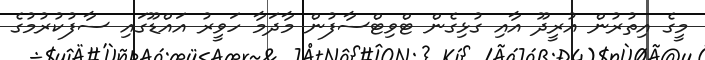
މީގެ އިތުރުން އުރީދޫ އާއި ގުޅިގެން ޓްވިޓްސާފުން މާދަމާ ހަވީރު އައްޑޫގައި ސާފުކުރުމުގެ